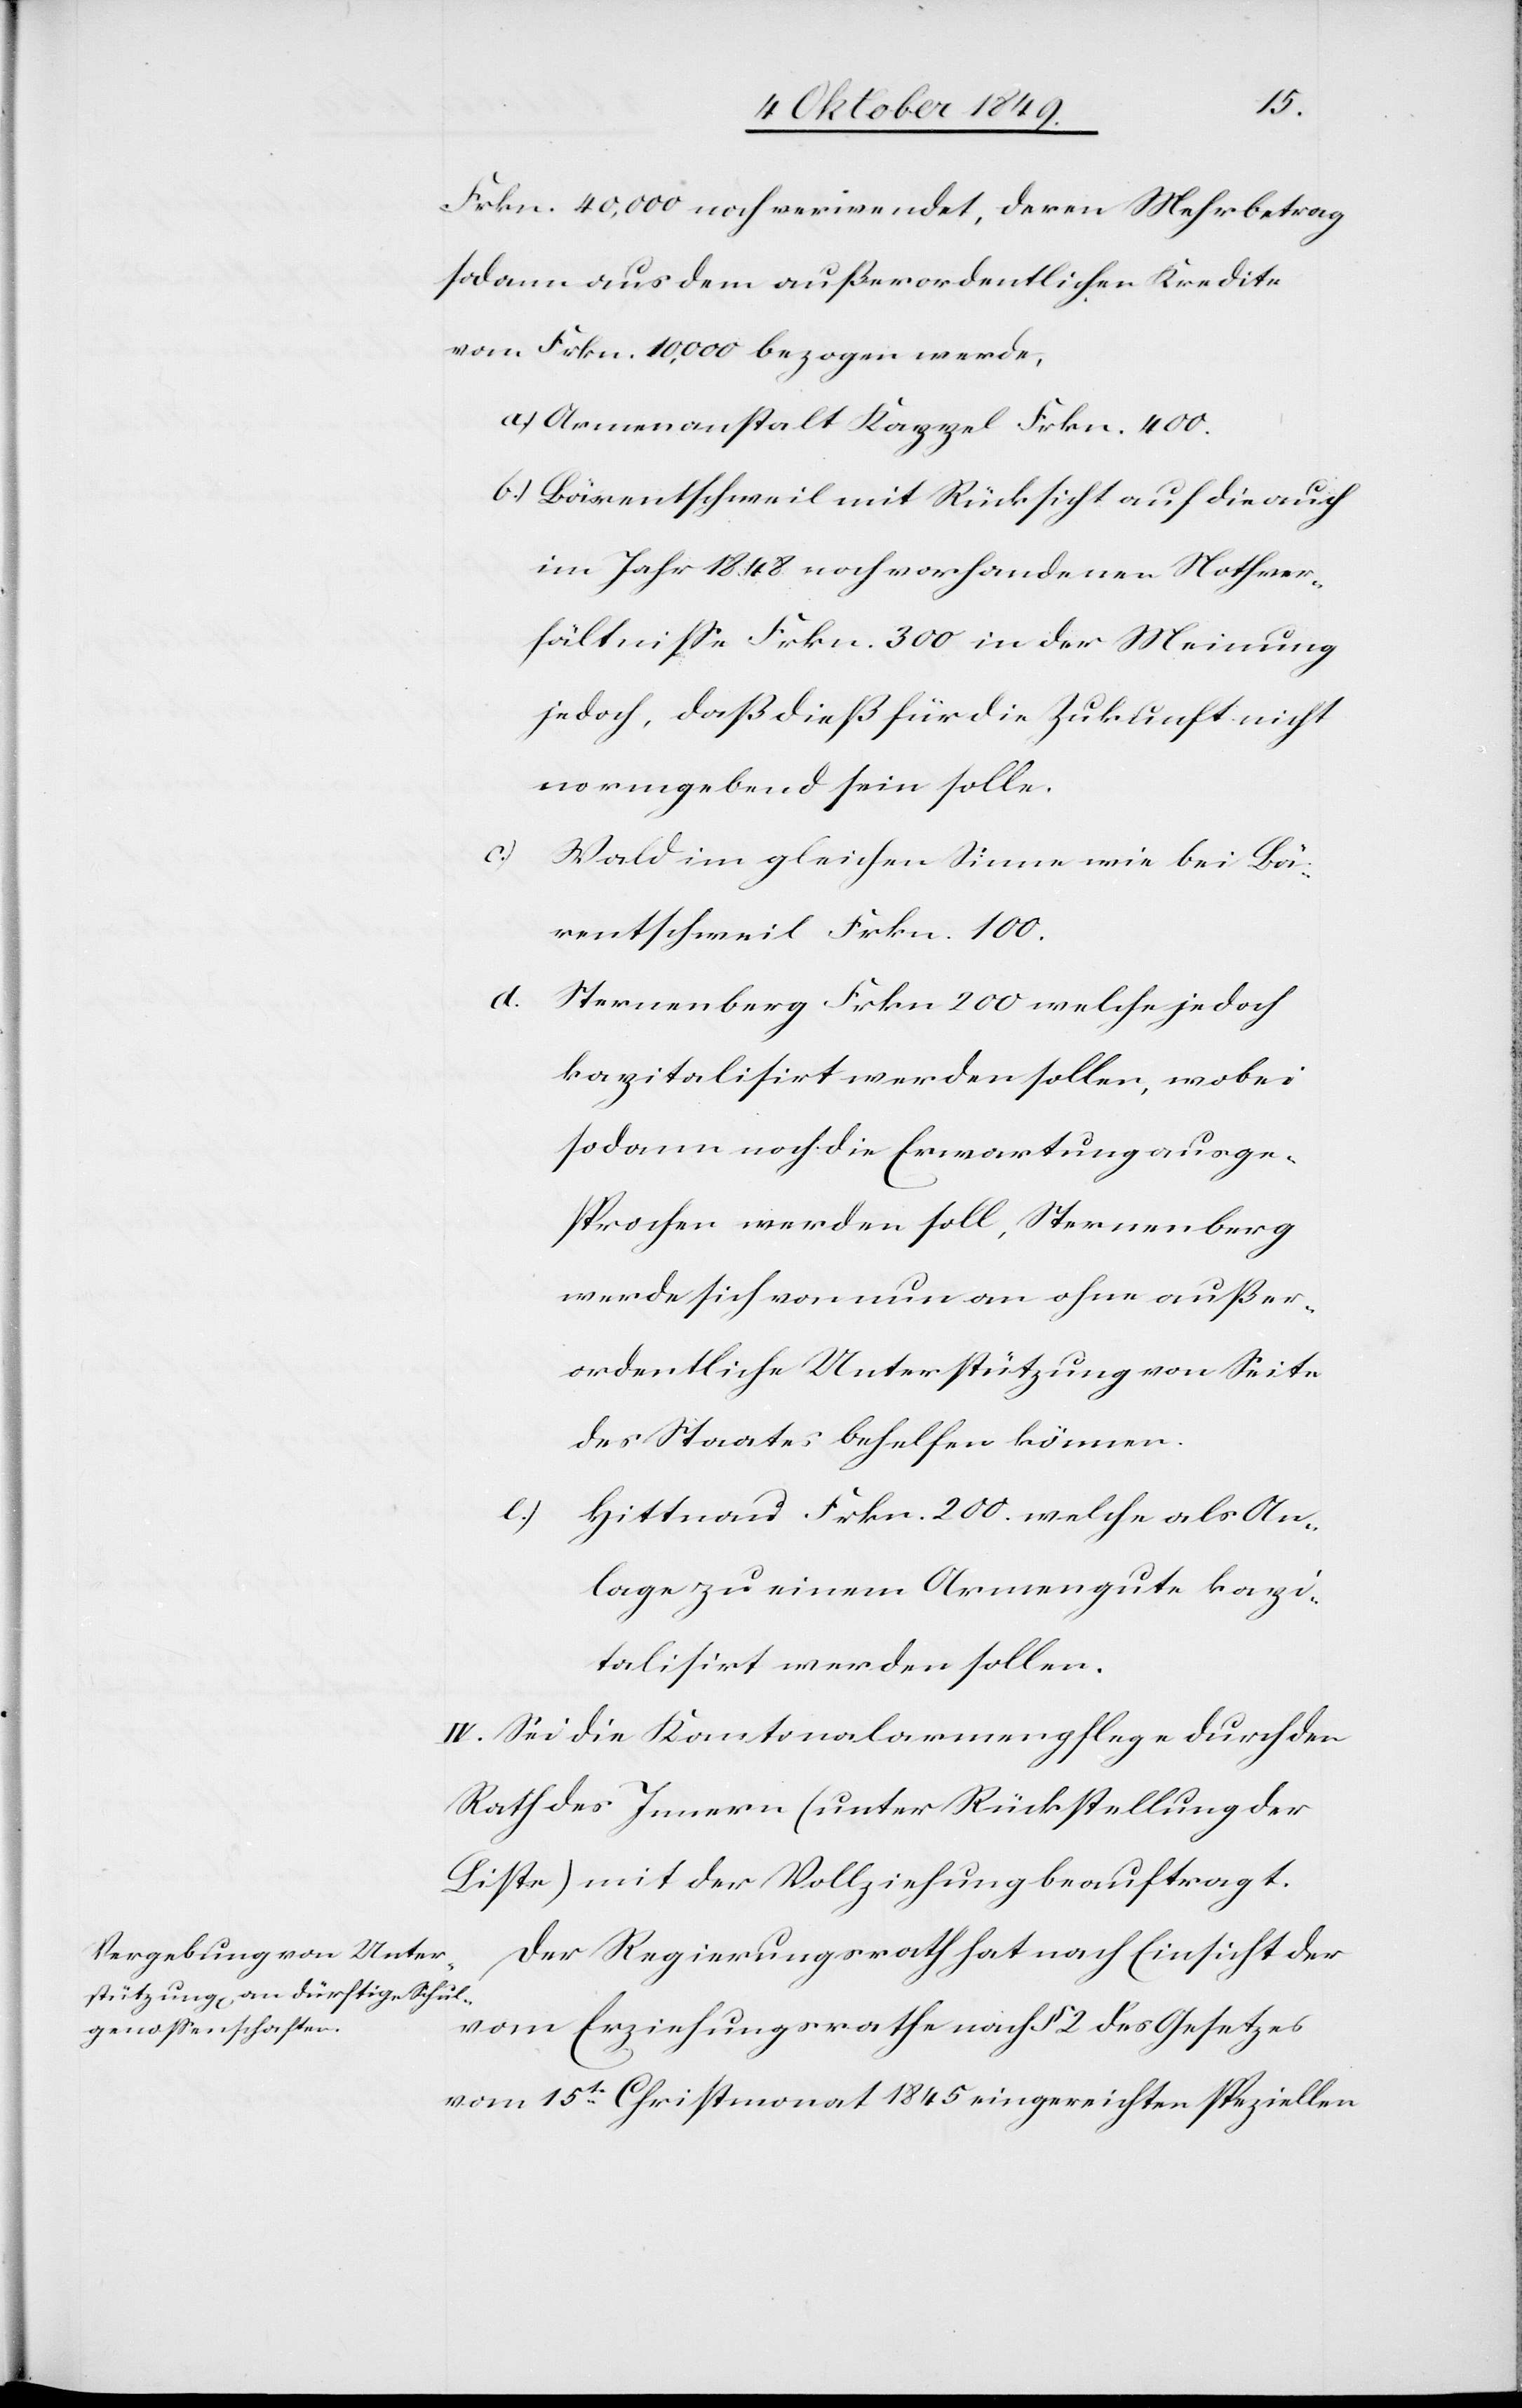
Frk. 40,000 noch verwendet, deren Mehrbetrag
sodann aus dem außerordentlichen Kredite
von Frkn 10,000 bezogen werde,
a.) Armenanstalt Kappel Frkn. 400.
b.) Bärentschweil mit Rücksicht auf die auch
im Jahr 1848 noch vorhandenen Nothver¬
hältniße Frkn. 300 in der Meinung
jedoch, daß dieß für die Zukunft nicht
maßgebend sein solle.
c) Wald im gleichen Sinne wie bei Bä¬
rentschweil Frkn. 100.
d. Sternenberg Frkn. 2000 welche jedoch
kapitalisirt werden sollen, wobei
sodann noch die Erwartung ausge¬
sprochen werden soll, Sternenberg
werde sich von nun an ohne außer¬
ordentliche Unterstützung von Seite
des Staates behelfen können.
e)
Hittnau Frkn. 200. welche als An¬
lage zu einem Armengute kapi¬
talisirt werden sollen.
IV. Sei die Kantonalarmenpflege durch den
Rath des Innern (unter Rückstellung der
Liste) mit der Vollziehung beauftragt.
Der Regierungsrath hat nach Einsicht der
vom Erziehungsrathe nach § 2 des Gesetzes
vom 15t Christmonat 1845 eingereichten speziellen